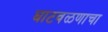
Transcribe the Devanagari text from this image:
घाटवळणाचा